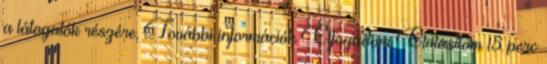
a látogatók részére. További információk Elfogadom Elutasítom 15 perc